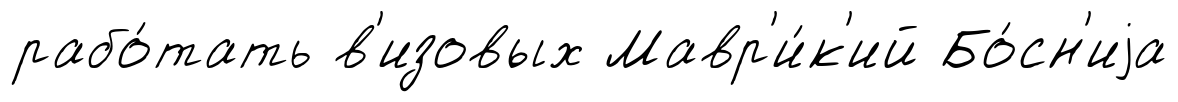
рабо́тать в'изовых Мавр'и́к'ий Бо́сн'иjа